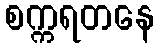
စက္ကရတနေ